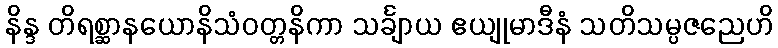
နိန္ဒ တိရစ္ဆာနယောနိသံဝတ္တနိကာ သင်္ချာယ ဧယျုမာဒီနံ သတိသမ္ပဇညေဟိ